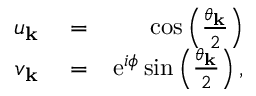
\begin{array} { r l r } { u _ { \bf k } } & { { } = } & { \cos \left( \frac { \theta _ { \bf k } } { 2 } \right) } \\ { v _ { \bf k } } & { { } = } & { \mathrm { e } ^ { i \phi } \sin \left( \frac { \theta _ { \bf k } } { 2 } \right) , } \end{array}